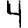
Digit: 4